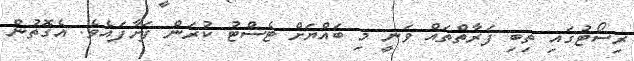
ރިސޯޓުގައި ތިބި ފަރާތްތައް ވަނީ މި ބައްޔަށް ޓެސްޓު ކުރަން ފަށާފައެވެ. އެގޮތުން